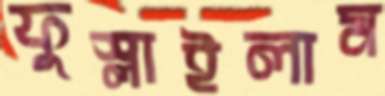
ফুস্‌লাইলাম